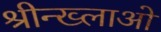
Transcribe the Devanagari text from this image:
श्रीन्ख्लाओ